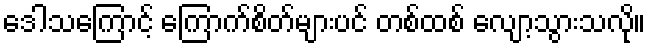
ဒေါသကြောင့် ကြောက်စိတ်များပင် တစ်ထစ် လျော့သွားသလို။